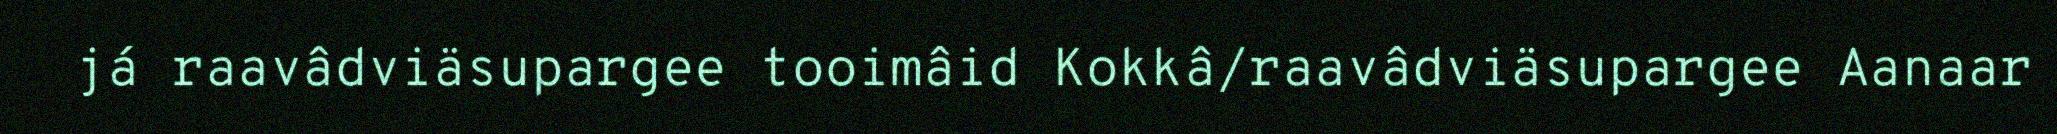
já raavâdviäsupargee tooimâid Kokkâ/raavâdviäsupargee Aanaar